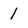
Character: 1